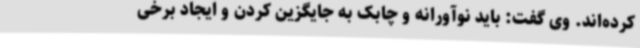
کرده‌اند. وی گفت: باید نوآورانه و چابک به جایگزین کردن و ایجاد برخی